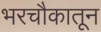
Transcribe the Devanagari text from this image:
भरचौकातून